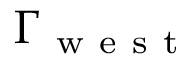
\Gamma _ { \mathrm { ~ w ~ e ~ s ~ t ~ } }